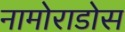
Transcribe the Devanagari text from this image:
नामोराडोस